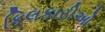
કિલકારીઓ